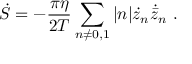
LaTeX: \dot { S } = - { \frac { \pi \eta } { 2 T } } \sum _ { n \neq 0 , 1 } | n | \dot { z } _ { n } \dot { \bar { z } } _ { n } \ .